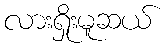
လားရှိုးမူဆယ်